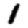
Digit: 1